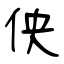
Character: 佒